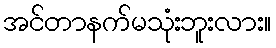
အင်တာနက်မသုံးဘူးလား။